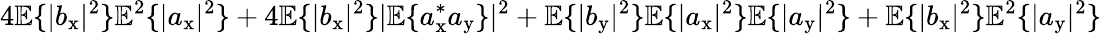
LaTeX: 4\mathbb{E}\{ |b_{\mathrm{x}}|^{2}\} \mathbb{E}^{2}\{ |a_{\mathrm{x}}|^{2}\} +4\mathbb{E}\{ |b_{\mathrm{x}}|^{2}\} |\mathbb{E}\{ a_{\mathrm{x}}^{\ast}a_{\mathrm{y}}\} |^{2}+\mathbb{E}\{ |b_{\mathrm{y}}|^{2}\} \mathbb{E}\{ |a_{\mathrm{x}}|^{2}\} \mathbb{E}\{ |a_{\mathrm{y}}|^{2}\} +\mathbb{E}\{ |b_{\mathrm{x}}|^{2}\} \mathbb{E}^{2}\{ |a_{\mathrm{y}}|^{2}\}